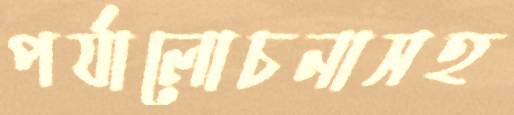
পর্যালোচনাসহ